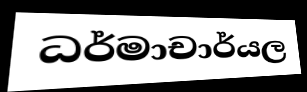
ධර්මාචාර්යල